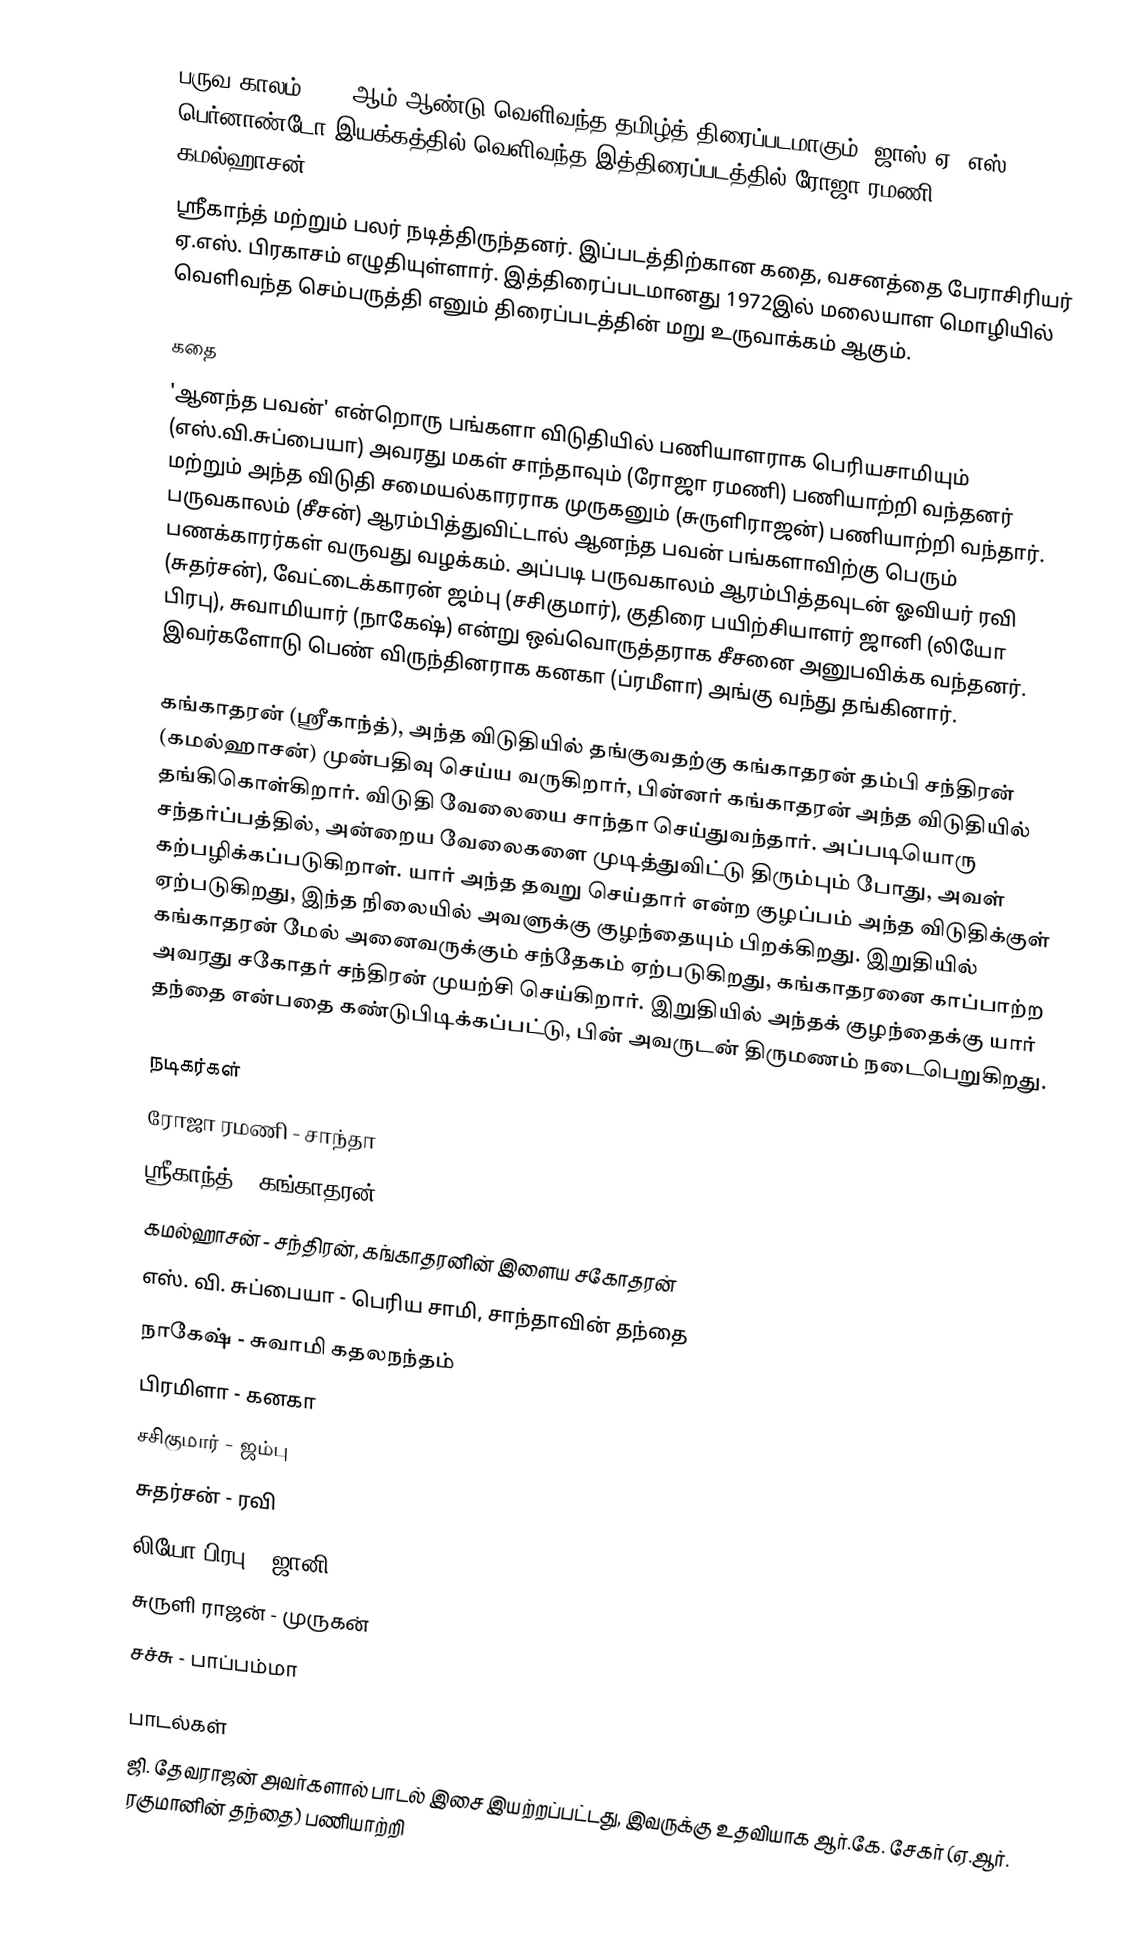
பருவ காலம் 1974 ஆம் ஆண்டு வெளிவந்த தமிழ்த் திரைப்படமாகும். ஜாஸ் ஏ. எஸ். பெர்னாண்டோ இயக்கத்தில் வெளிவந்த இத்திரைப்படத்தில் ரோஜா ரமணி, கமல்ஹாசன்,
ஸ்ரீகாந்த் மற்றும் பலர் நடித்திருந்தனர். இப்படத்திற்கான கதை, வசனத்தை பேராசிரியர்  ஏ.எஸ். பிரகாசம் எழுதியுள்ளார். இத்திரைப்படமானது 1972இல் மலையாள மொழியில் வெளிவந்த செம்பருத்தி எனும் திரைப்படத்தின் மறு உருவாக்கம் ஆகும்.

கதை
'ஆனந்த பவன்' என்றொரு பங்களா விடுதியில் பணியாளராக பெரியசாமியும் (எஸ்.வி.சுப்பையா) அவரது மகள் சாந்தாவும் (ரோஜா ரமணி) பணியாற்றி வந்தனர் மற்றும் அந்த விடுதி சமையல்காரராக முருகனும் (சுருளிராஜன்) பணியாற்றி வந்தார். பருவகாலம் (சீசன்) ஆரம்பித்துவிட்டால் ஆனந்த பவன் பங்களாவிற்கு பெரும் பணக்காரர்கள் வருவது வழக்கம். அப்படி பருவகாலம் ஆரம்பித்தவுடன் ஓவியர் ரவி (சுதர்சன்), வேட்டைக்காரன் ஜம்பு (சசிகுமார்), குதிரை பயிற்சியாளர் ஜானி (லியோ பிரபு), சுவாமியார் (நாகேஷ்) என்று  ஒவ்வொருத்தராக சீசனை அனுபவிக்க வந்தனர். இவர்களோடு பெண் விருந்தினராக கனகா (ப்ரமீளா) அங்கு வந்து தங்கினார்.

கங்காதரன் (ஸ்ரீகாந்த்), அந்த விடுதியில் தங்குவதற்கு கங்காதரன் தம்பி சந்திரன் (கமல்ஹாசன்) முன்பதிவு செய்ய வருகிறார், பின்னர் கங்காதரன் அந்த விடுதியில் தங்கிகொள்கிறார். விடுதி வேலையை சாந்தா செய்துவந்தார். அப்படியொரு சந்தர்ப்பத்தில், அன்றைய வேலைகளை முடித்துவிட்டு திரும்பும் போது, அவள் கற்பழிக்கப்படுகிறாள். யார் அந்த தவறு செய்தார் என்ற குழப்பம் அந்த விடுதிக்குள் ஏற்படுகிறது, இந்த நிலையில் அவளுக்கு குழந்தையும் பிறக்கிறது. இறுதியில் கங்காதரன் மேல் அனைவருக்கும் சந்தேகம் ஏற்படுகிறது, கங்காதரனை காப்பாற்ற அவரது சகோதர் சந்திரன் முயற்சி செய்கிறார். இறுதியில் அந்தக் குழந்தைக்கு யார் தந்தை என்பதை கண்டுபிடிக்கப்பட்டு, பின் அவருடன் திருமணம் நடைபெறுகிறது.

நடிகர்கள்
 ரோஜா ரமணி - சாந்தா
 ஸ்ரீகாந்த் - கங்காதரன்
 கமல்ஹாசன் - சந்திரன், கங்காதரனின் இளைய சகோதரன்
 எஸ். வி. சுப்பையா - பெரிய சாமி, சாந்தாவின் தந்தை
 நாகேஷ் - சுவாமி கதலநந்தம்
 பிரமிளா - கனகா
 சசிகுமார் - ஜம்பு
 சுதர்சன் - ரவி
 லியோ பிரபு - ஜானி
 சுருளி ராஜன் - முருகன்
 சச்சு - பாப்பம்மா

பாடல்கள்
ஜி. தேவராஜன் அவர்களால்	பாடல் இசை இயற்றப்பட்டது, இவருக்கு உதவியாக ஆர்.கே. சேகர் (ஏ.ஆர். ரகுமானின் தந்தை) பணியாற்றி